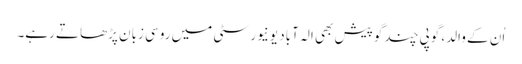
اُن کے والد، گوپی چند گوپیش بھی الہ آباد یونیورسٹی میں روسی زبان پڑھاتے رہے۔